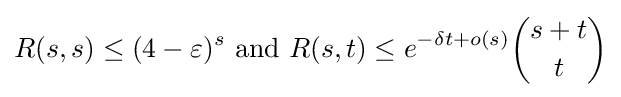
R(s,s)\leq (4-\varepsilon )^{s}{\text{ and }}R(s,t)\leq e^{-\delta t+o(s)}{\binom {s+t}{t}}